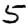
Digit: 5